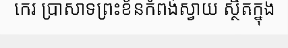
កេរ ប្រាសាទព្រះខ័នកំពង់ស្វាយ ស្ថិតក្នុង